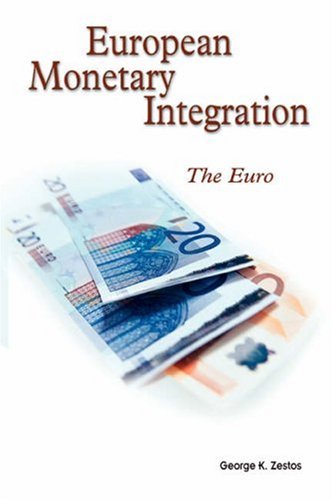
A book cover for European Monetary Integration: The Euro; George Zestos; Business & Money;